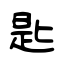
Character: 匙